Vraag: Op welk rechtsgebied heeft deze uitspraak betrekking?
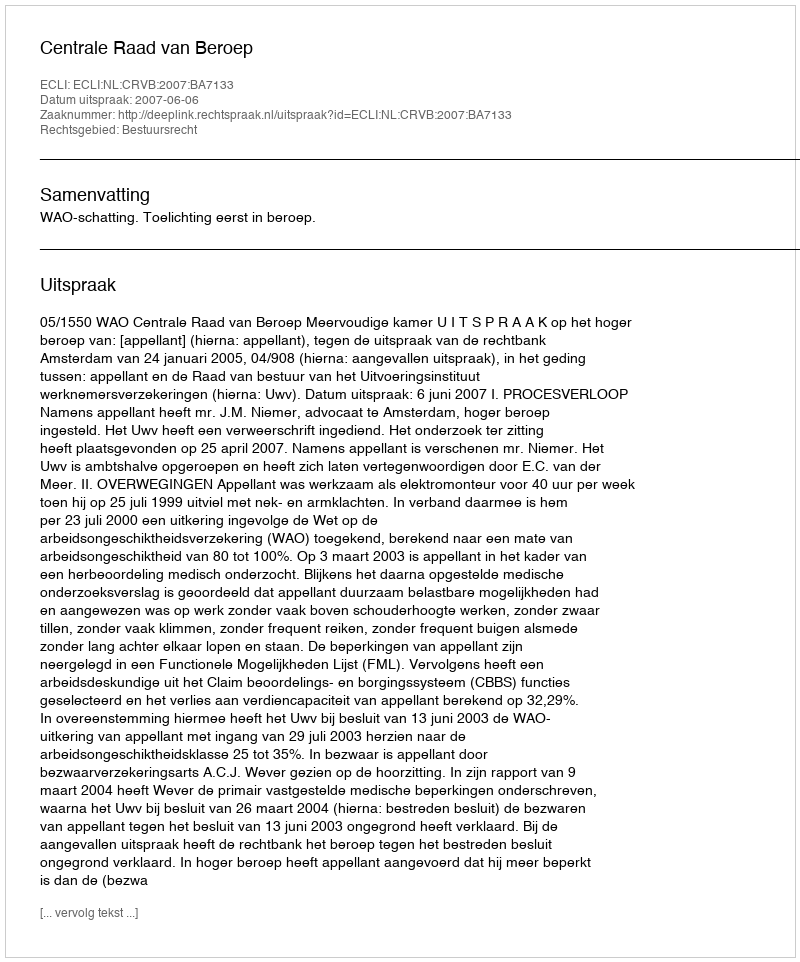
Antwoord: Bestuursrecht